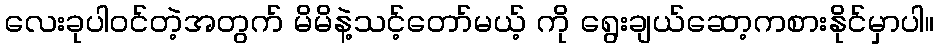
လေးခုပါဝင်တဲ့အတွက် မိမိနဲ့သင့်တော်မယ့် ကို ရွေးချယ်ဆော့ကစားနိုင်မှာပါ။